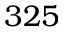
3 2 5